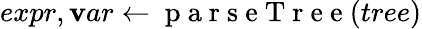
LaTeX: expr,\mathbf{v}ar\gets\mathrm{{~p~a~r~s~e~T~r~e~e~}}(tree)